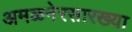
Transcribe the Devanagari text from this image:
अमळनेरसारख्या